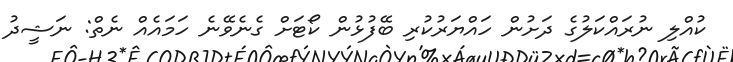
ކުއްލި ނުރައްކަލުގެ ދަށުން ހައްޔަރުކުރި ބޭފުޅުން ކޯޓަށް ގެނެވޭނެ ހަމައެއް ނެތް: ނަޝީދު